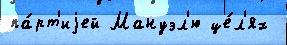
па́рт'иjей Мануэл'ю це́л'ях